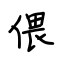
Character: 偎